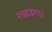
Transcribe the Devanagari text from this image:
रचाउंगा।